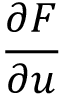
\frac { \partial F } { \partial u }